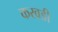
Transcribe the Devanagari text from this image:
करवडी